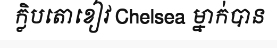
ក្លិបតោខៀវ Chelsea ម្នាក់បាន